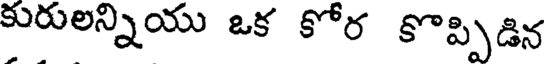
కురులన్నియు ఒక కోర కొప్పిడిన